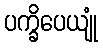
ပက္ခိပေယျုံ